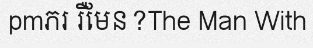
pmភរ រឺមែន?The Man With